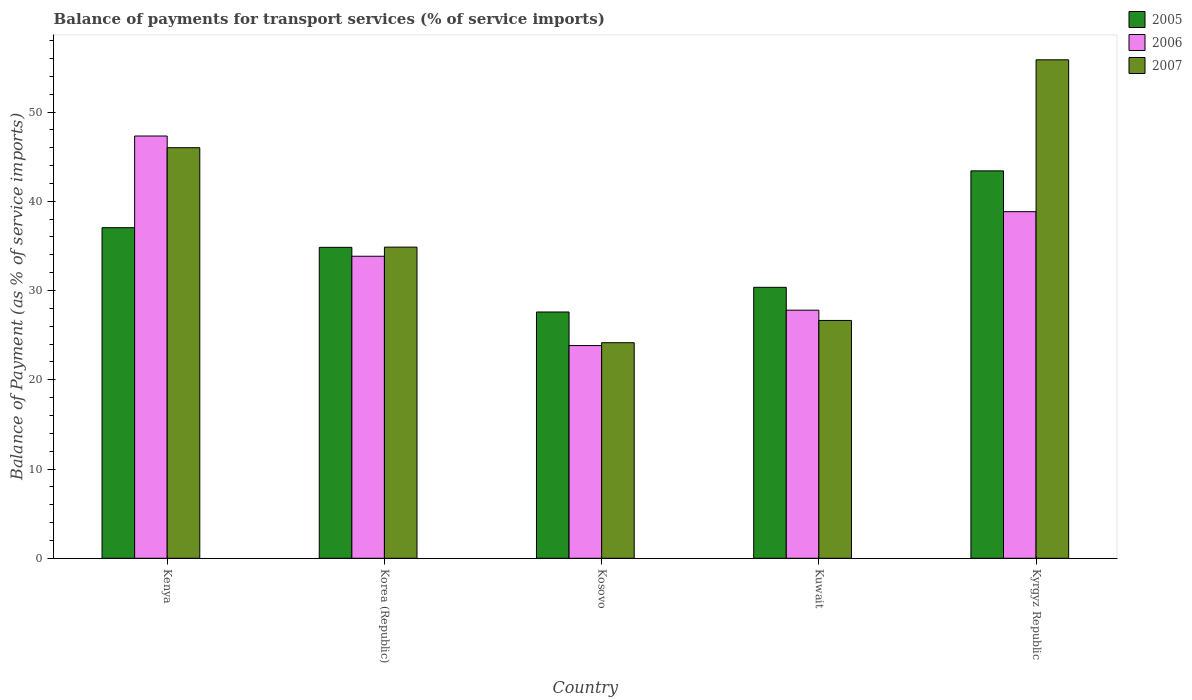
| Country | 2005 | 2006 | 2007 |
 | --- | --- | --- | --- |
 | Kenya | 37 | 47.3 | 46 |
 | Korea (Republic) | 34.8 | 33.8 | 34.9 |
 | Kosovo | 27.6 | 23.8 | 24.2 |
 | Kuwait | 30.4 | 27.8 | 26.6 |
 | Kyrgyz Republic | 43.4 | 38.8 | 55.9 |